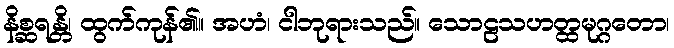
နိစ္ဆရန္တိ၊ ထွက်ကုန်၏။ အဟံ၊ ငါဘုရားသည်။ သောဠသဟတ္ထမုဂ္ဂတော၊